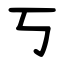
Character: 丂